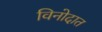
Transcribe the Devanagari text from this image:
विनोदात